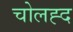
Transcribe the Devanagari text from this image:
चोलह्द